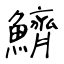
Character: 鱭